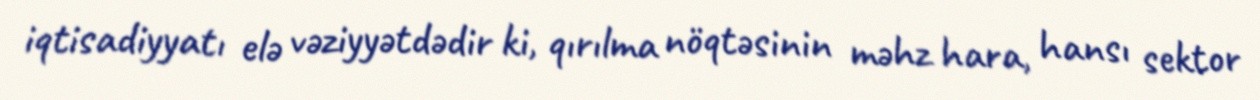
iqtisadiyyatı elə vəziyyətdədir ki, qırılma nöqtəsinin məhz hara, hansı sektor